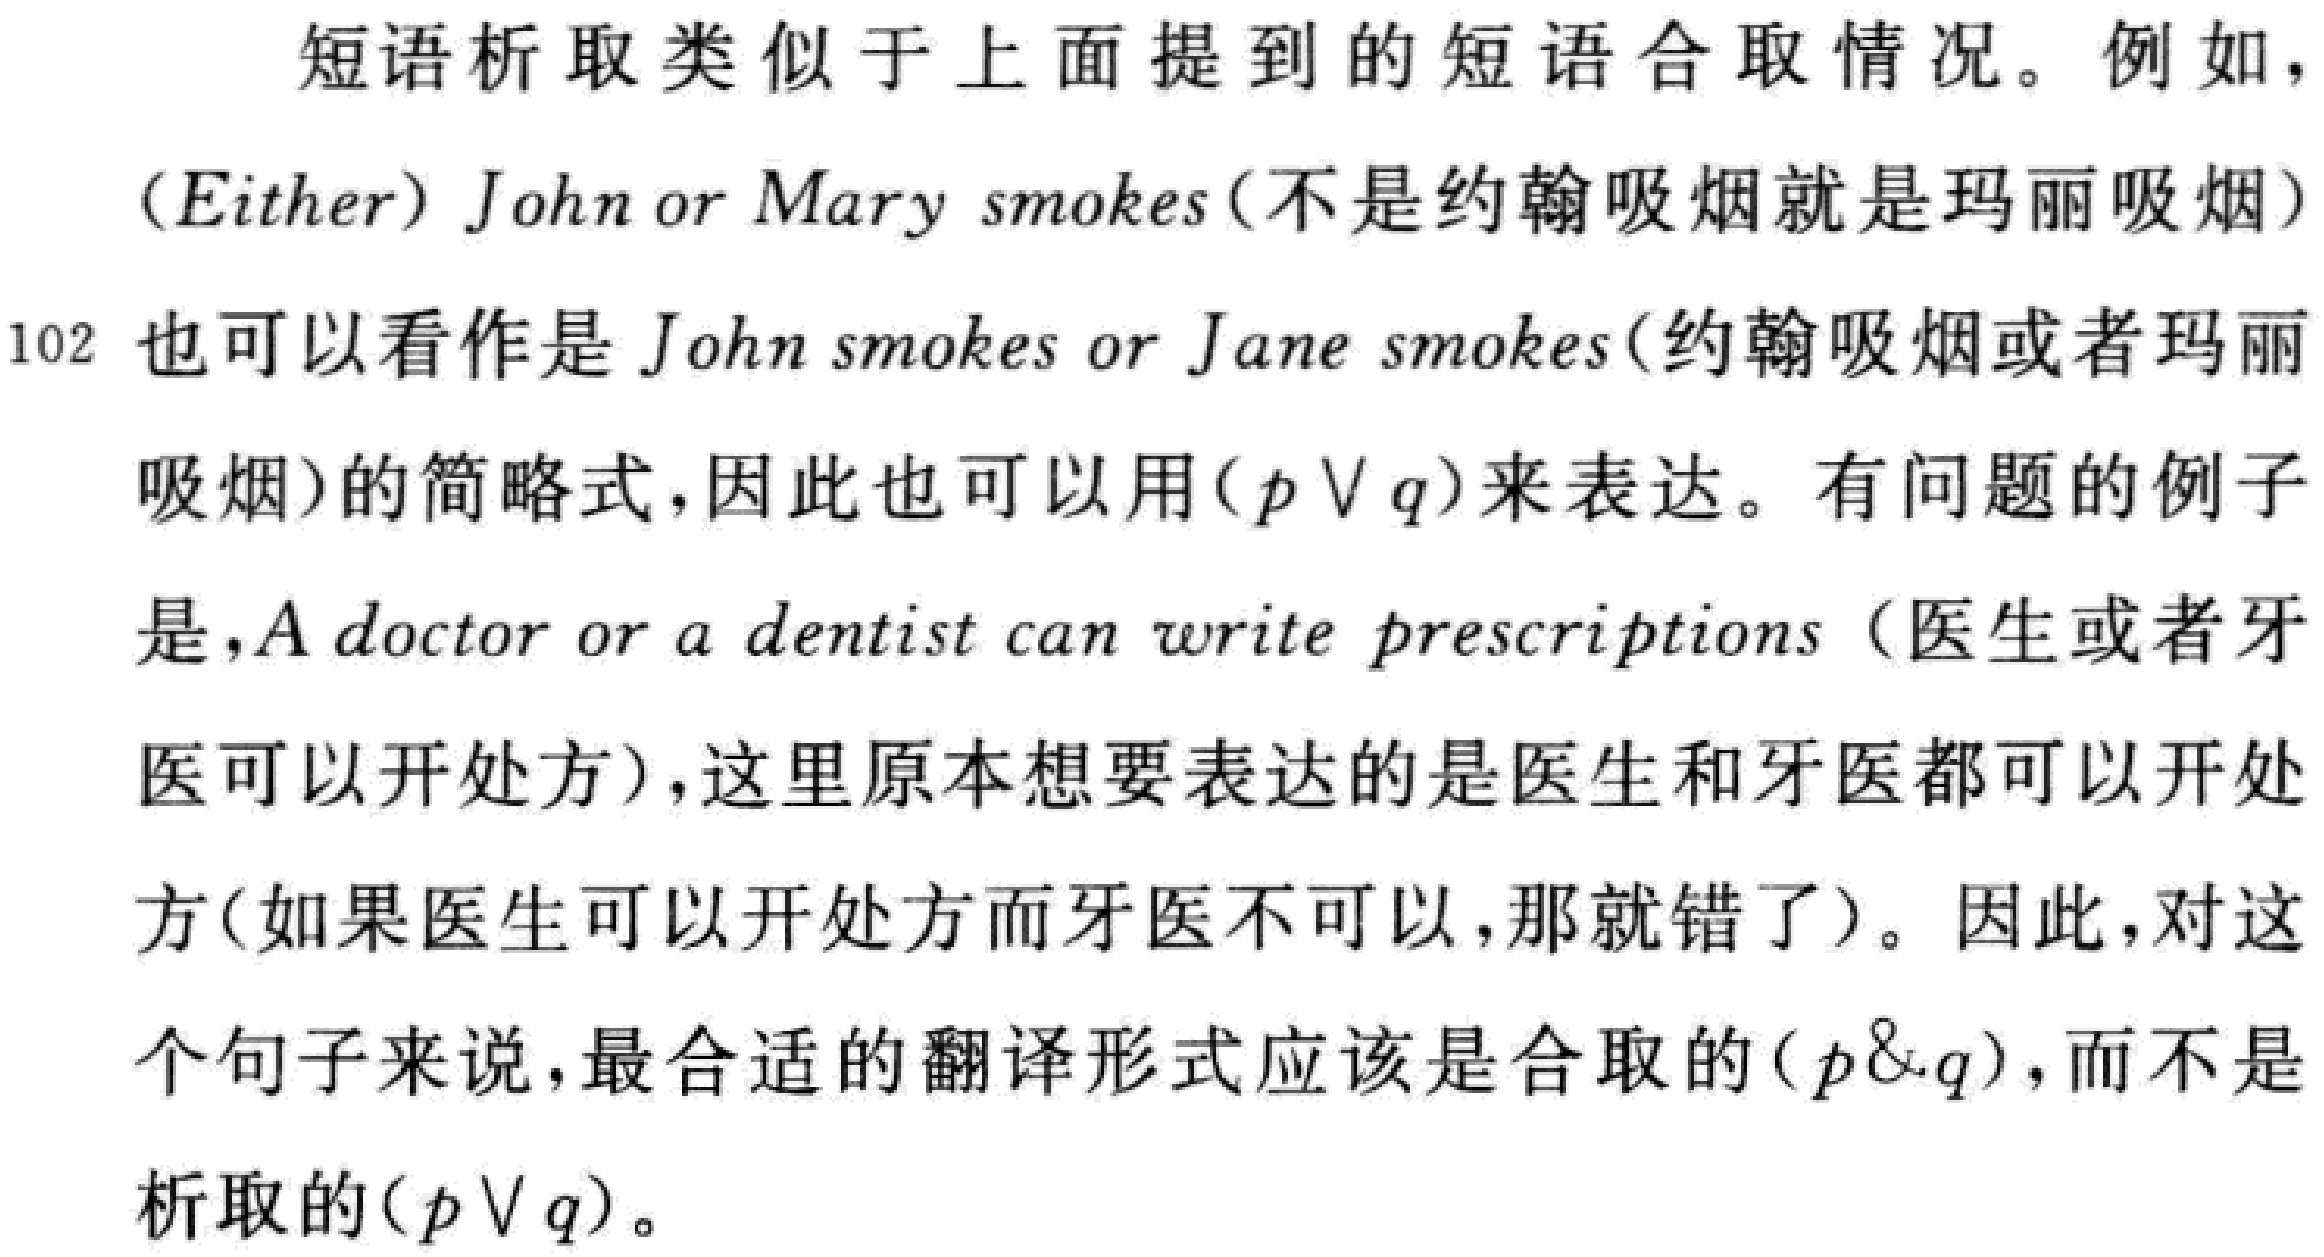
短语析取类似于上面提到的短语合取情况。例如，(Either) John or Mary smokes(不是约翰吸烟就是玛丽吸烟)也可以看作是John smokes or Jane smokes(约翰吸烟或者玛丽吸烟)的简略式，因此也可以用\((p \vee q)\)来表达。有问题的例子是，A doctor or a dentist can write prescriptions (医生或者牙医可以开处方)，这里原本想要表达的是医生和牙医都可以开处方(如果医生可以开处方而牙医不可以，那就错了)。因此，对这个句子来说，最合适的翻译形式应该是合取的\((p\&q)\)，而不是析取的\((p \vee q)\)。